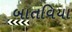
બાતવિયા